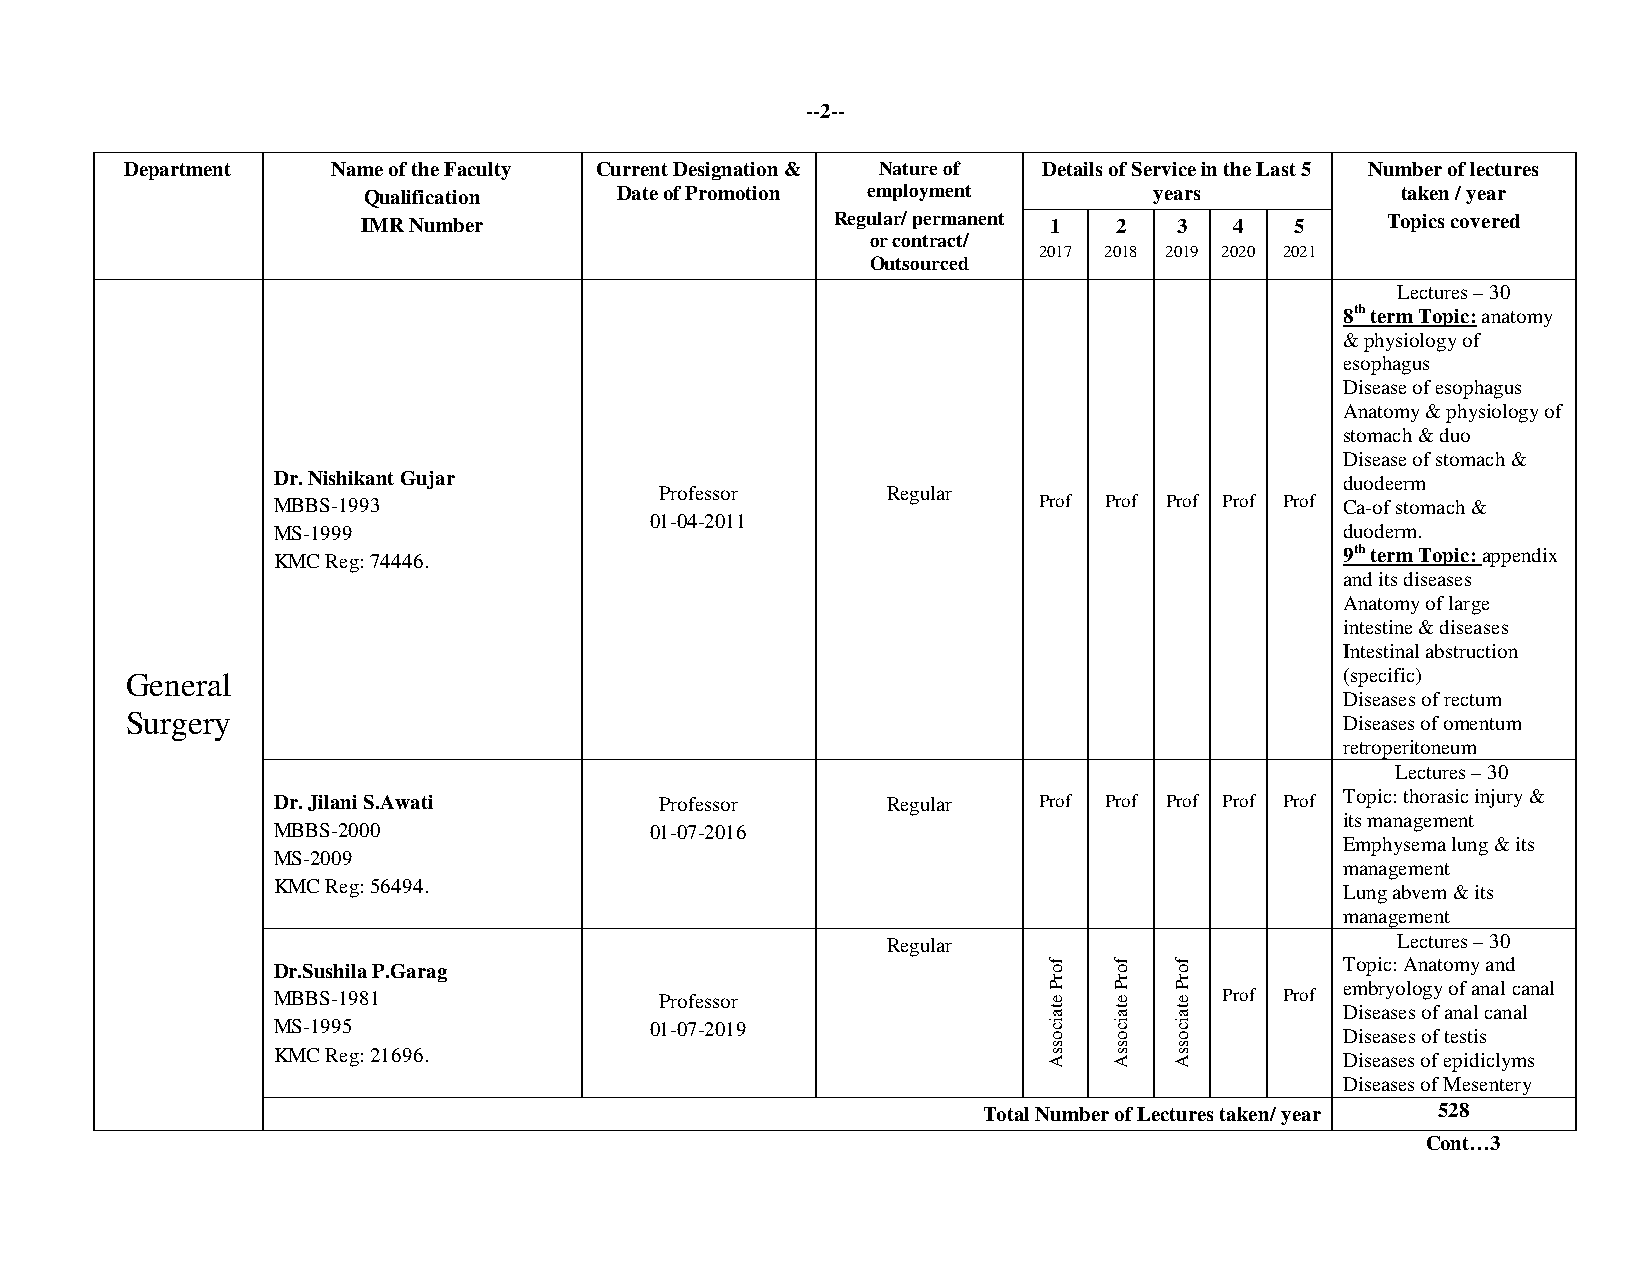
--2--
 Department    Name of the Faculty Current Designation & Nature of Details of Service in the Last 5 Number of lectures
 Qualification    Date of Promotion employment       years            taken / year
 IMR Number                     Regular/ permanent 1 2 3   4   5     Topics covered
 or contract/
 2017 2018 2019 2020 2021
 Outsourced
 Lectures – 30
 8th term Topic: anatomy
 & physiology of
 esophagus
 Disease of esophagus
 Anatomy & physiology of
 stomach & duo
 Disease of stomach &
 Dr. Nishikant Gujar                                                    duodeerm
 Professor      Regular
 MBBS-1993                                          Prof Prof Prof Prof Prof Ca-of stomach &
 01-04-2011
 MS-1999                                                                duoderm.
 KMC Reg: 74446.                                                        9th term Topic: appendix
 and its diseases
 Anatomy of large
 intestine & diseases
 Intestinal abstruction
 General                                                                          (specific)
 Diseases of rectum
 Surgery                                                                          Diseases of omentum
 retroperitoneum
 Lectures – 30
 Dr. Jilani S.Awati        Professor      Regular   Prof Prof Prof Prof Prof Topic: thorasic injury &
 its management
 MBBS-2000                01-07-2016
 Emphysema lung & its
 MS-2009
 management
 KMC Reg: 56494.                                                        Lung abvem & its
 management
 Regular                          Lectures – 30
 Dr.Sushila P.Garag                                                     Topic: Anatomy and
 MBBS-1981                 Professor                            Prof Prof
 embryology of anal canal
 Diseases of anal canal
 MS-1995                  01-07-2019
 Diseases of testis
 KMC Reg: 21696.                                                        Diseases of epidiclyms
 Diseases of Mesentery
 Total Number of Lectures taken/ year 528
 Cont…3
 forP
 etaicossA
 forP
 etaicossA
 forP
 etaicossA